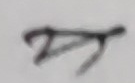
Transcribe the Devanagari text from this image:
प्रत